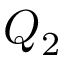
Q _ { 2 }